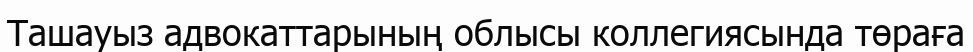
Ташауыз адвокаттарының облысы коллегиясында төраға